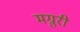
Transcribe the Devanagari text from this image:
मग्रुरी